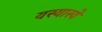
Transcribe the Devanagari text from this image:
यस्यास्ये